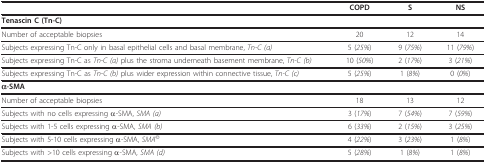
<table><thead><tr><td></td><td><b>COPD</b></td><td><b>S</b></td><td><b>NS</b></td></tr></thead><tbody><tr><td><b>Tenascin C (Tn-C)</b></td><td></td><td></td><td></td></tr><tr><td>Number of acceptable biopsies</td><td>20</td><td>12</td><td>14</td></tr><tr><td>Subjects expressing Tn-C only in basal epithelial cells and basal membrane, <i>Tn-C (a)</i></td><td>5 (<i>25%</i>)</td><td>9 (<i>75%</i>)</td><td>11 (<i>79%</i>)</td></tr><tr><td>Subjects expressing Tn-C as <i>Tn-C (a) </i>plus the stroma underneath basement membrane, <i>Tn-C (b)</i></td><td>10 (<i>50%</i>)</td><td>2 (<i>17%</i>)</td><td>3 (<i>21%</i>)</td></tr><tr><td>Subjects expressing Tn-C as <i>Tn-C (b) </i>plus wider expression within connective tissue, <i>Tn-C (c)</i></td><td>5 (<i>25%</i>)</td><td>1 (<i>8%</i>)</td><td>0 (<i>0%</i>)</td></tr><tr><td><b>α-SMA</b></td><td></td><td></td><td></td></tr><tr><td>Number of acceptable biopsies</td><td>18</td><td>13</td><td>12</td></tr><tr><td>Subjects with no cells expressing α-SMA, <i>SMA (a)</i></td><td>3 (<i>17%</i>)</td><td>7 (<i>54%</i>)</td><td>7 (<i>59%</i>)</td></tr><tr><td>Subjects with 1-5 cells expressing α-SMA, <i>SMA (b)</i></td><td>6 (<i>33%</i>)</td><td>2 (<i>15%</i>)</td><td>3 (<i>25%</i>)</td></tr><tr><td>Subjects with 5-10 cells expressing α-SMA, <i>SMA<sup>©</sup></i></td><td>4 (<i>22%</i>)</td><td>3 (<i>23%</i>)</td><td>1 (<i>8%</i>)</td></tr><tr><td>Subjects with &gt;10 cells expressing α-SMA, <i>SMA (d)</i></td><td>5 (<i>28%</i>)</td><td>1 (<i>8%</i>)</td><td>1 (<i>8%</i>)</td></tr></tbody></table>